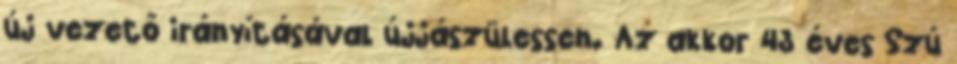
új vezető irányításával újjászülessen. Az akkor 43 éves Szú